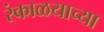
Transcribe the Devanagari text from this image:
रंकाळयाच्या